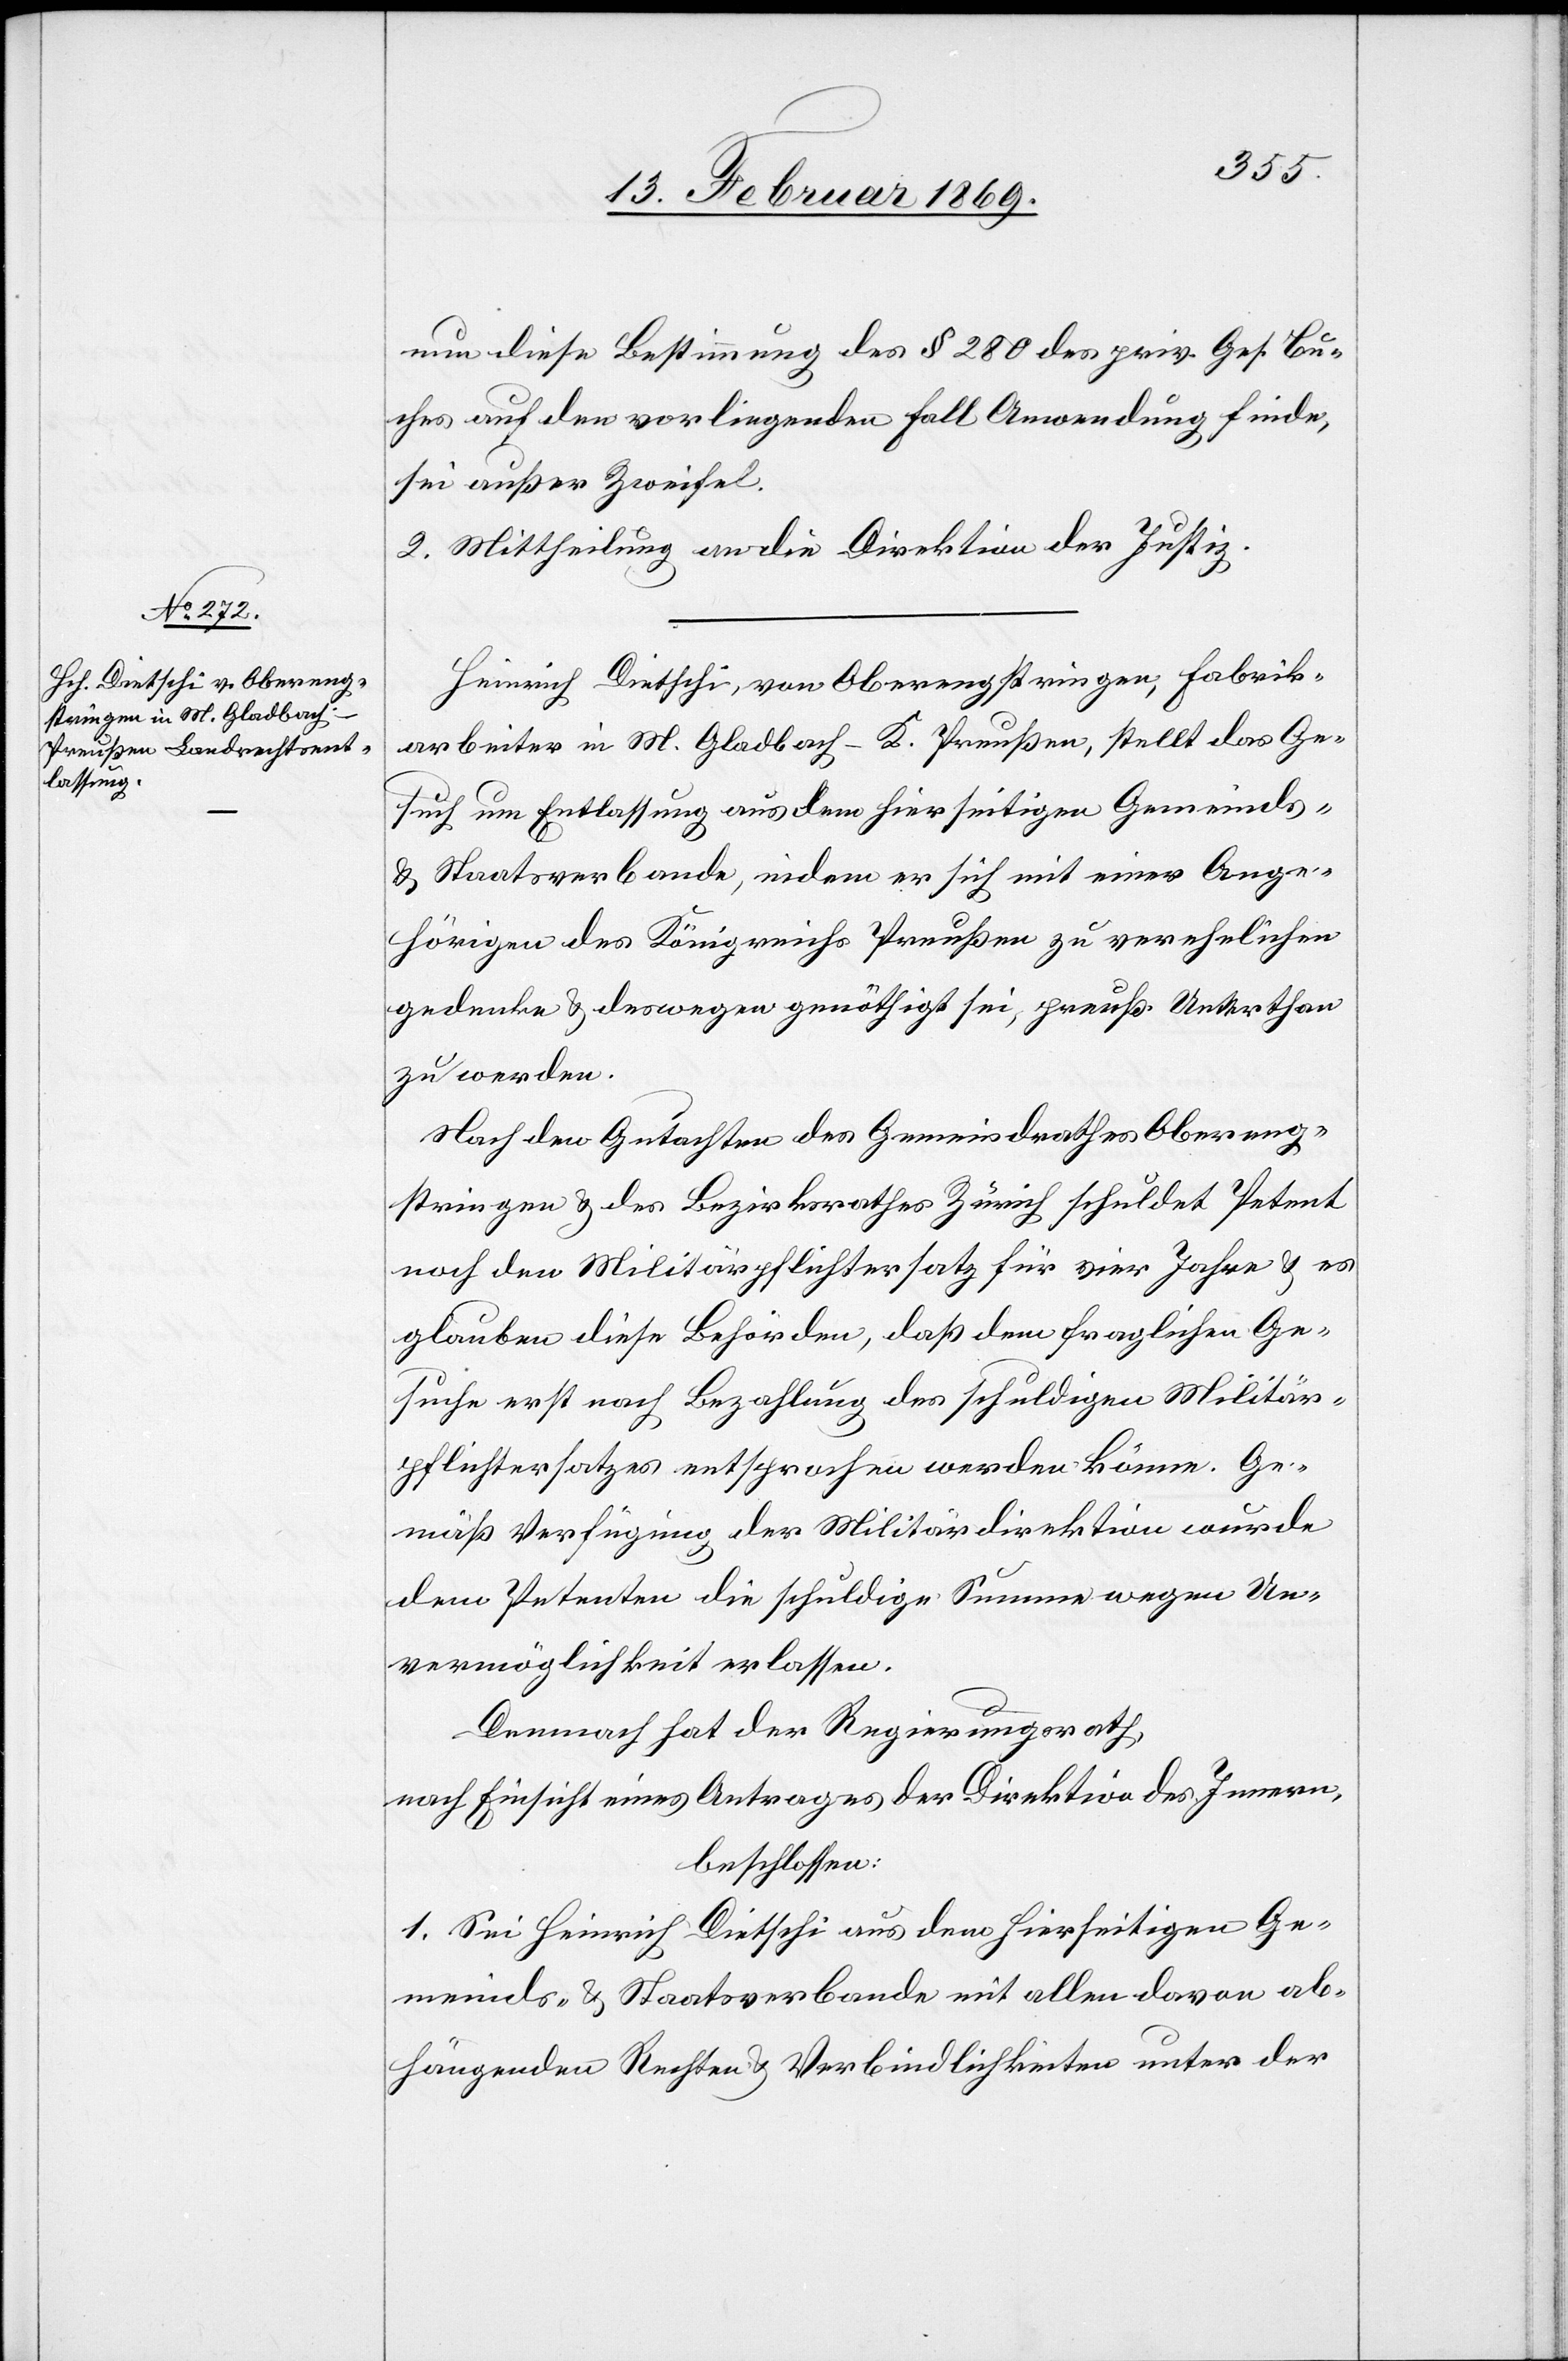
nun diese Bestimmung des § 280 des schweiz. Ges. Bu¬
ches auf den vorliegenden Fall Anwendung finde,
sei außer Zweifel.
2. Mittheilung an die Direktion der Justiz.
Heinrich Dietschi, von Oberengstringen, Fabrik¬
arbeiter in M. Gladbach - K. Preußen, stellt das Ge¬
such um Entlassung aus dem hierseitigen Gemeinds-
u. Staatsverbande, indem er sich mit einer Ange¬
hörigen des Königreichs Preußen zu verehelichen
gedenke u. deswegen genöthigt sei, preuß. Unterthan
zu werden.
Nach dem Gutachten des Gemeindrathes Obereng¬
stringen u. des Bezirksrathes Zürich schuldet Petent
noch den Militärpflichtersatz für vier Jahre u. es
glauben diese Behörden, daß dem fraglichen Ge¬
suche erst nach Bezahlung des schuldigen Militär¬
pflichtersatzes entsprochen werden könne. Ge¬
mäß Verfügung der Militärdirektion wurde
dem Petenten die schuldige Summe wegen Un¬
vermöglichkeit erlassen.
Demnach hat der Regierungsrath,
nach Einsicht eines Antrages der Direktion des Innern,
beschlossen:
1. Sei Heinrich Dietschi aus dem hierseitigen Ge¬
meinds- u. Staatsverbande mit allen daran ab¬
hängenden Rechten u. Verbindlichkeiten unter der